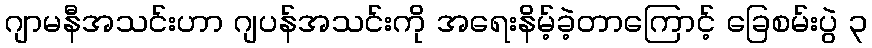
ဂျာမနီအသင်းဟာ ဂျပန်အသင်းကို အရေးနိမ့်ခဲ့တာကြောင့် ခြေစမ်းပွဲ ၃